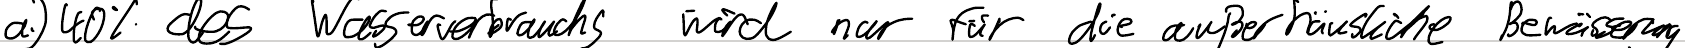
a.) 40% des Wasserverbrauchs wird nur für die außerhäusliche Bewässerung